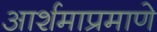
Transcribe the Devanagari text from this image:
आर्शमाप्रमाणे